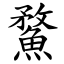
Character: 䱯